Indian Medical Review
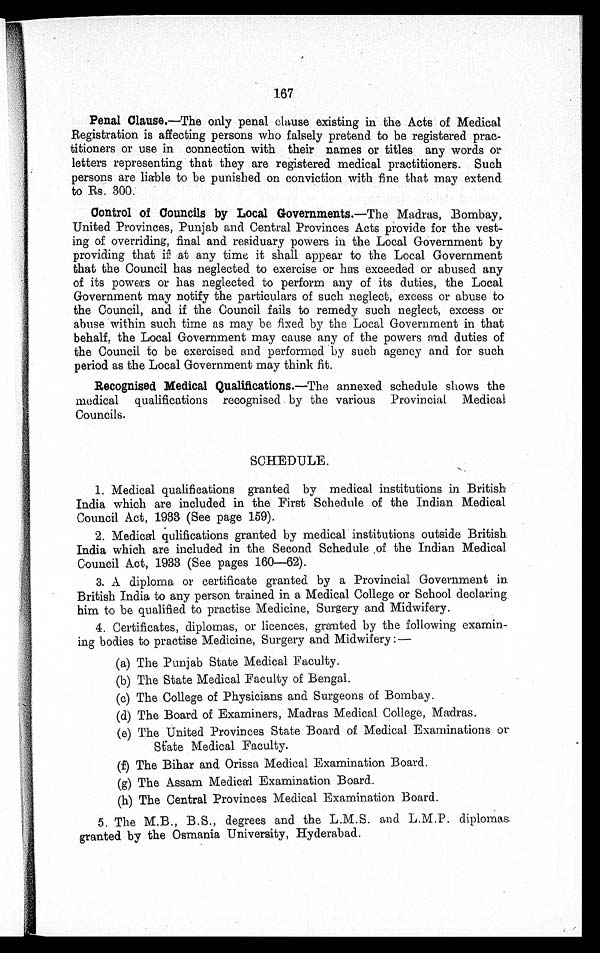
167
Penal Clause.— The only penal clause existing in the Acts of Medical
Registration is affecting persons who falsely pretend to be registered prac
titioners or use in connection with their names or titles any words or
letters representing that they are registered medical practitioners. Such
persons are liable to be punished on conviction with fine that may extend
to Rs. 300.
Control of Councils by Local Governments.— The Madras, Bombay,
United Provinces, Punjab and Central Provinces Acts provide for the vest
ing of overriding, final and residuary powers in the Local Government by
providing that if at any time it shall appear to the Local Government
that the Council has neglected to exercise or has exceeded or abused any
of its powers or has neglected to perform any of its duties, the Local
Government may notify the particulars of such neglect, excess or abuse to
the Council, and if the Council fails to remedy such neglect, excess or
abuse within such time as may be fixed by the Local Government in that
behalf, the Local Government may cause any of the powers and duties of
the Council to be exercised and performed by such agency and for such
period as the Local Government may think fit.
Recognised Medical Qualifications.— The annexed schedule shows the
medical qualifications recognised by the various Provincial Medical
Councils.
SCHEDULE.
1. Medical qualifications granted by medical institutions in British
India which are included in the First Schedule of the Indian Medical
Council Act, 1933 (See page 159).
2. Medical qulifications granted by medical institutions outside British
India which are included in the Second Schedule . of the Indian Medical
Council Act, 1933 (See pages 160-62).
3. A diploma or certificate granted by a Provincial Government in
British India to any person trained in a Medical College or School declaring
him to be qualified to practise Medicine, Surgery and Midwifery.
4. Certificates, diplomas, or licences, granted by the following exami
ning bodies to practise Medicine, Surgery and Midwifery:—
a) The Punjab State Medical Faculty.
b) The State Medical Faculty of Bengal.
c) The College of Physicians and Surgeons of Bombay.
d) The Board of Examiners, Madras Medical College, Madras.
e) The United Provinces State Board of Medical Examinations or
State Medical Faculty.
f)
The Bihar and Orissa Medical Examination Board.
g) The Assam Medical Examination Board.
h) The Central Provinces Medical Examination Board.
5. The M.B., B.S., degrees and the L.M.S. and L.M.P. diplomas
granted by the Osmania University, Hyderabad.